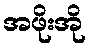
အဖိုးအို